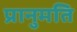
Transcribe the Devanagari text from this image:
प्रानुमति